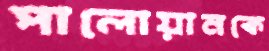
পালোয়ানকে